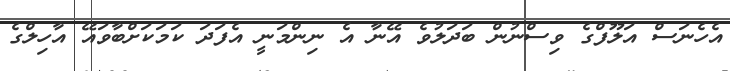
އެހެނަސް އަލޫފްގެ ވިސްނުން ބަދަލުވެ އޭނާ އެ ނިންމަނީ އެފަދަ ކަމަކަށްބާވައޭ އާހިލްގެ